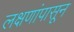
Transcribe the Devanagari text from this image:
लक्षणांपासून